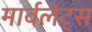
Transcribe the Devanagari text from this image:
मार्वलेट्स